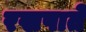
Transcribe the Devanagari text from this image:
रखपाते